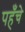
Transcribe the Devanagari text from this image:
पहँचे